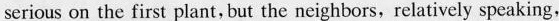
serious on the first plant,but the neighbors,relatively speaking,